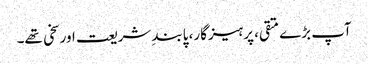
آپ بڑے متقی، پرہیزگار، پابندِ شریعت اور سخی تھے۔